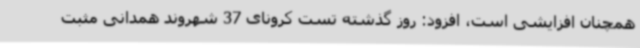
همچنان افزایشی است، افزود: روز گذشته تست کرونای 37 شهروند همدانی مثبت